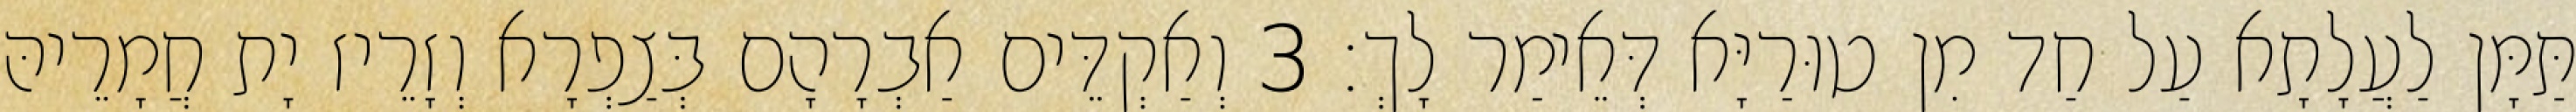
תַּמָּן לַעֲלָתָא עַל חַד מִן טוּרַיָּא דְּאֵימַר לָךְ׃ 3 וְאַקְדֵּים אַבְרָהָם בְּצַפְרָא וְזָרֵיז יָת חֲמָרֵיהּ